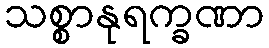
သစ္စာနုရက္ခဏာ